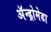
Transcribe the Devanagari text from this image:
अॅन्ड्रोमेडा